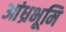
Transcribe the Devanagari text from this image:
आंध्रभूमि